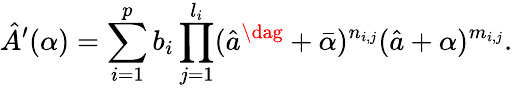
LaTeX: \hat{A}^{\prime}(\alpha)=\sum_{i=1}^{p}b_{i}\prod_{j=1}^{l_{i}}(\hat{a}^{\dag}+\bar{\alpha})^{n_{i,j}}(\hat{a}+{\alpha})^{m_{i,j}}.